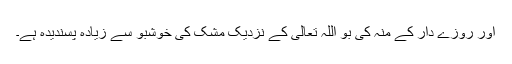
اور روزے دار کے منہ کی بو اللہ تعالیٰ کے نزدیک مُشک کی خوشبو سے زیادہ پسندیدہ ہے۔